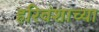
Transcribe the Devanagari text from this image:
हरिवंशाच्या